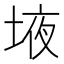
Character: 𰉾